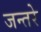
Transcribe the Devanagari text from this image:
जन्तरे